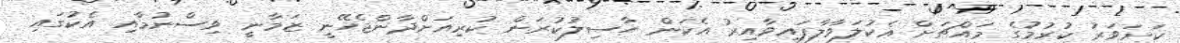
ކަށަވަރު ކުރުމުގެ މައްޗަށް އެކުލަވާލާފައިވާއިރު އެކަން ހާސިލުކުރަން ކުރިއަށްދާންޖެހޭނީ ޒަމާނީ ވިސްނުމާއި އެކުގައި